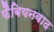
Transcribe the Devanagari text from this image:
फैबियनवाद